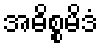
အဓိစ္စမိဒံ